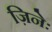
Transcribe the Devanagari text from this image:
ज़िनेः